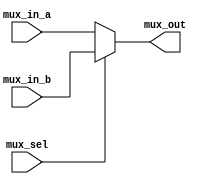
//****************************************************************************
//
//  mux2.v -
//
//****************************************************************************

module mux2
(
  input       [1:0] mux_in_a, // Declare mux data inputs
                    mux_in_b,
  input             mux_sel,  // Declare mux select input
  output reg  [1:0] mux_out   // Declare mux output
);

  always@(mux_in_a, mux_in_b, mux_sel)
  begin
    if ( mux_sel == 1'b0 )
      mux_out = mux_in_a;
    else
      mux_out = mux_in_b;
  end

endmodule